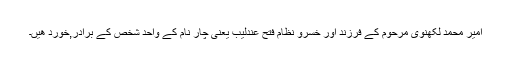
امیر محمد لکھنوی مرحوم کے فرزند اور خسرو نظام فتح عندلیب یعنی چار نام کے واحد شخص کے برادر,خورد ھیں۔